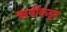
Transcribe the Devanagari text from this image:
ऋषींकडून